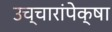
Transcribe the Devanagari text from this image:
उच्चारांपेक्षा